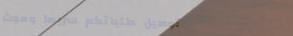
توصيل طلباتكم سريعًا وموث